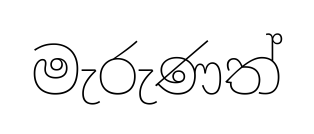
මැරුණත්